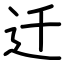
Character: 迁